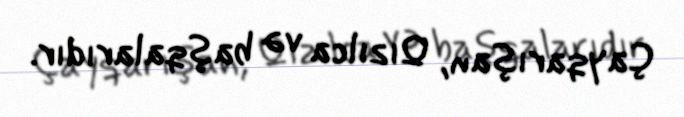
Çayqarışan, Qızılca və başqalarıdır.